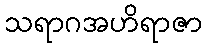
သရာဂအဟိရာဇာ